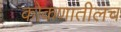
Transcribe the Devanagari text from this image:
कोकणातीलच